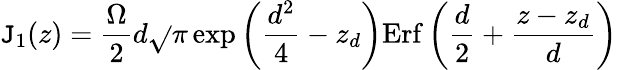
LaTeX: \mathtt{J}_{1}(z)=\frac{{\Omega}}{{2}}d\sqrt{}{{\pi}}\exp{\bigg(\frac{{d^{2}}}{{4}}-z_{d}\bigg)}\mathrm{{Erf}}\, {\bigg(\frac{{d}}{{2}}+\frac{{z-z_{d}}}{{d}}\bigg)}